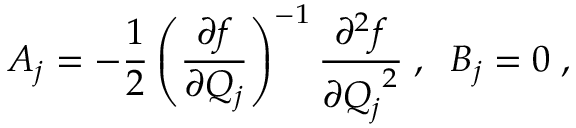
A _ { j } = - \frac { 1 } { 2 } \left( \frac { \partial f } { \partial Q _ { j } } \right) ^ { - 1 } \frac { \partial ^ { 2 } f } { \partial { Q _ { j } } ^ { 2 } } \; , \; \; B _ { j } = 0 \; ,